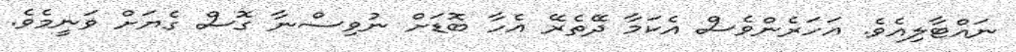
ނައްޓާލިއެވެ. އަހަރެންވެސް އެކަމާ ދޭތެރޭ އެހާ ބޮޑަށް ނުވިސްނާ ގޮސް ގެޔަށް ވަނީމެވެ.